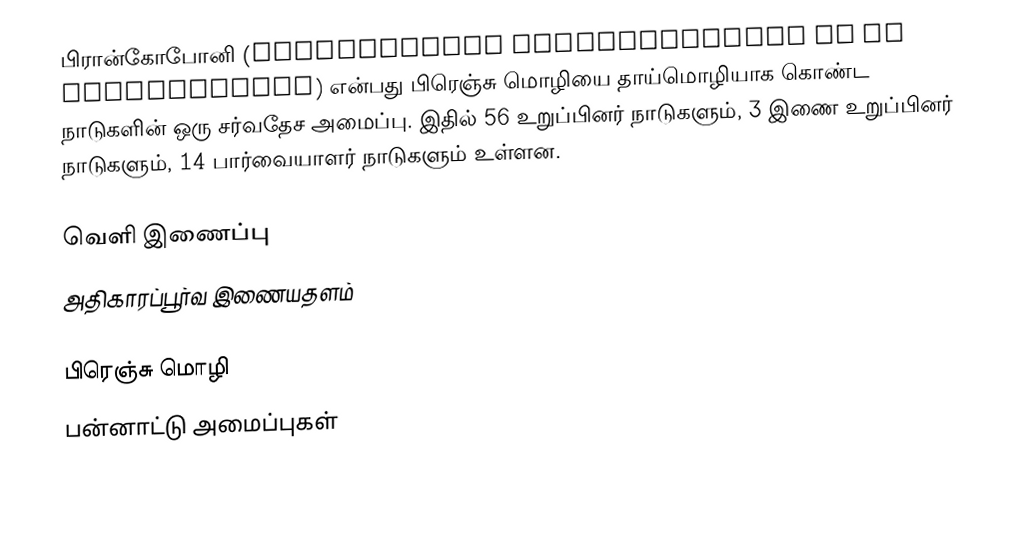
பிரான்கோபோனி (Organisation internationale de la Francophonie) என்பது பிரெஞ்சு மொழியை தாய்மொழியாக கொண்ட நாடுகளின் ஒரு சர்வதேச அமைப்பு. இதில் 56 உறுப்பினர் நாடுகளும், 3 இணை உறுப்பினர் நாடுகளும், 14 பார்வையாளர் நாடுகளும் உள்ளன.

வெளி இணைப்பு
அதிகாரப்பூர்வ இணையதளம்

பிரெஞ்சு மொழி
பன்னாட்டு அமைப்புகள்